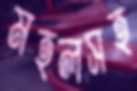
মহলসহ